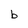
Character: b